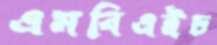
এমবিএইচ